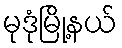
မုဒုံမြို့နယ်